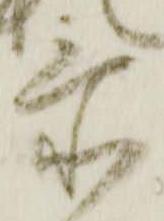
忝